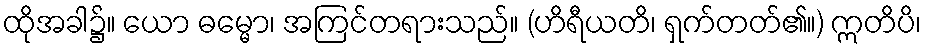
ထိုအခါ၌။ ယော ဓမ္မော၊ အကြင်တရားသည်။ (ဟိရီယတိ၊ ရှက်တတ်၏။) ဣတိပိ၊